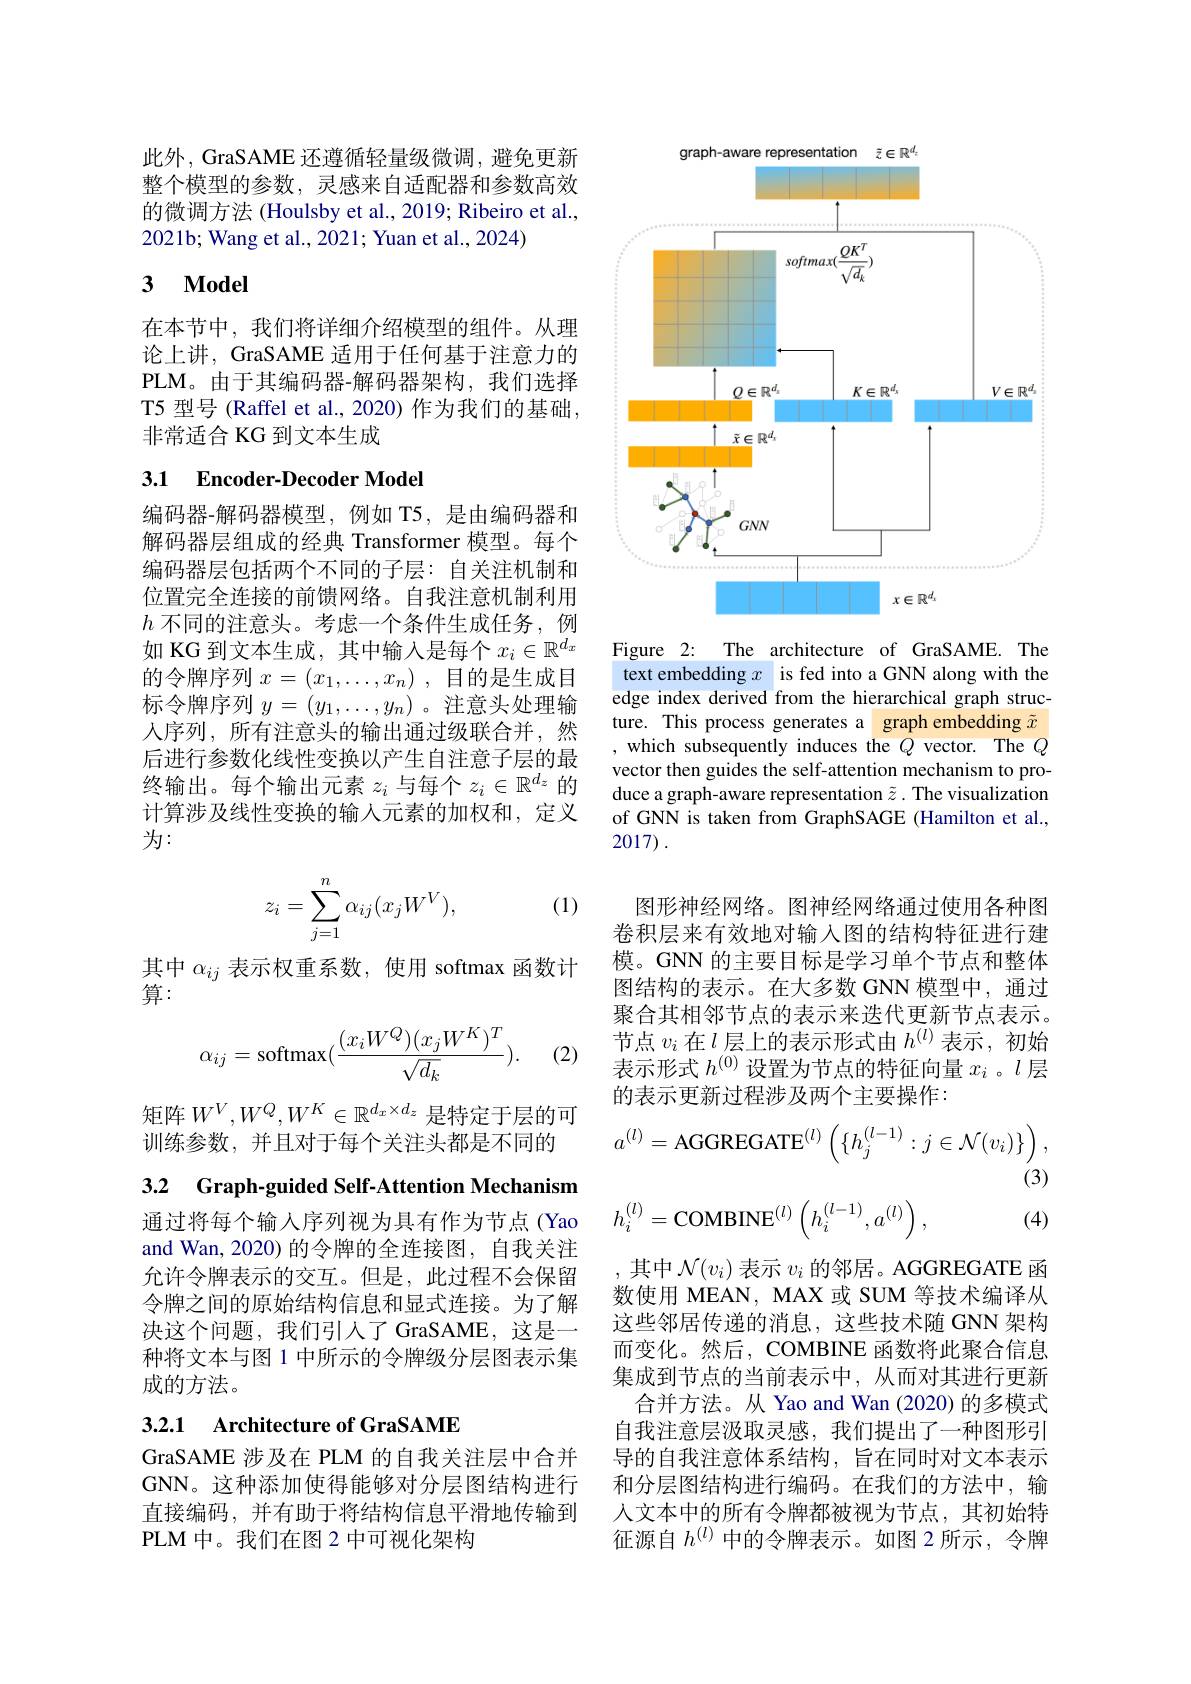
此外，GraSAME 还遵循轻量级微调，避免更新整个模型的参数，灵感来自适配器和参数高效的微调方法 (Houlsby et al., 2019; Ribeiro et al., 2021b; Wang et al., 2021; Yuan et al., 2024)

# 3 $\mathbf{Model}$

在本节中，我们将详细介绍模型的组件。从理论上讲，GraSAME 适用于任何基于注意力的PLM。由 于 其 编 码 器 - 解 码 器 架 构 , 我 们 选 择 T5 型号 (Raffel et al., 2020) 作为我们的基础非常适合 KG 到文本生成

## 3.1 Encoder-Decoder Model

编码器-解码器模型，例如 T5,是由编码器和解码器层组成的经典 Transformer 模型。每个编码器层包括两个不同的子层：自关注机制和位置完全连接的前馈网络。自我注意机制利用$h$不同的注意头。考虑一个条件生成任务，例如 KG 到文本生成，其中输入是每个$x_i\in\mathbb{R}^{d_x}$ 的令牌序列$x= ( x_1, \ldots , x_n)$ ,目的是生成目标令牌序列$y=(y_1,\ldots,y_n)$ 。注意头处理输人序列，所有注意头的输出通过级联合并，然后进行参数化线性变换以产生自注意子层的最终输出。每个输出元素$z_i$与每个$z_i\in\mathbb{R}^d_z$的计算涉及线性变换的输人元素的加权和，定义为：

(1)
$$\begin{aligned}z_i=\sum_{j=1}^n\alpha_{ij}(x_jW^V),\end{aligned}$$
其中$\alpha_{ij}$表示权重系数，使用 softmax 函数计
算：

(2)
$$\alpha_{ij}=\text{softmax}(\frac{(x_iW^Q)(x_jW^K)^T}{\sqrt{d_k}}).$$
矩阵$W^V,W^Q,W^K\in\mathbb{R}^{d_x\times d_z}$是特定于层的可
训练参数，并且对于每个关注头都是不同的

3.2 Graph-guided Self-Attention Mechanism

通过将每个输入序列视为具有作为节点(Yao and Wan, 2020) 的令牌的全连接图，自我关注允许令牌表示的交互。但是，此过程不会保留令牌之间的原始结构信息和显式连接。为了解决这个问题，我们引入了 GraSAME,这是一种将文本与图 1 中所示的令牌级分层图表示集成的方法。

# 3.2.1 Architecture of GraSAME

GraSAME 涉及在 PLM 的自我关注层中合并GNN。这种添加使得能够对分层图结构进行直接编码，并有助于将结构信息平滑地传输到PLM 中。我们在图 2 中可视化架构

$\tilde{z}\in\mathbb{R}^d$
araph-aware representatior
<FigureHere>

Figure 2: The architecture of GraSAME. The text embedding $x$ is fed into a GNN along with the edge index derived from the hierarchical graph structure. This process generates a graph embedding $\tilde{x}$ ,which subsequently induces the $Q$ vector. The $Q$ vector then guides the self-attention mechanism to produce a graph-aware representation $\tilde{z}.$ The visualization of GNN is taken from GraphSAGE (Hamilton et al., 2017).

图形神经网络。图神经网络通过使用各种图卷积层来有效地对输入图的结构特征进行建模。GNN 的主要目标是学习单个节点和整体图结构的表示。在大多数 GNN 模型中，通过聚合其相邻节点的表示来迭代更新节点表示。节点$v_i$在$l$层上的表示形式由$h^{(l)}$表示，初始表示形式$h^{(0)}$设置为节点的特征向量$x_i$ 。$l$层的表示更新过程涉及两个主要操作：
$$a^{(l)}=\mathrm{AGGREGATE}^{(l)}\left(\{h_{j}^{(l-1)}:j\in\mathcal{N}(v_{i})\}\right),\\\text{(3)}\\h_{i}^{(l)}=\mathrm{COMBINE}^{(l)}\left(h_{i}^{(l-1)},a^{(l)}\right),\text{(4)}$$
其中$\mathcal{N}(v_i)$表示$v_i$的邻居。AGGREGATE 函

数使用 MEAN, MAX 或 SUM 等技术编译从这些邻居传递的消息，这些技术随 GNN 架构而变化。然后，COMBINE 函数将此聚合信息集成到节点的当前表示中，从而对其进行更新
合并方法。从 Yao and Wan (2020) 的多模式自我注意层汲取灵感，我们提出了一种图形引导的自我注意体系结构，旨在同时对文本表示和分层图结构进行编码。在我们的方法中，输人文本中的所有令牌都被视为节点，其初始特征源自$h^{(l)}$中的令牌表示。如图 2 所示 ,令牌